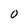
Character: 0